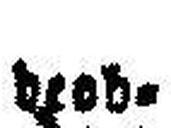
deod¬